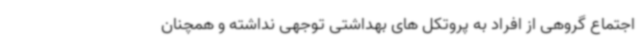
اجتماع گروهی از افراد به پروتکل های بهداشتی توجهی نداشته و همچنان